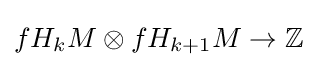
fH_{k}M\otimes fH_{k+1}M\to \mathbb {Z}